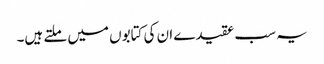
یہ سب عقیدے ان کی کتابوں میں ملتے ہیں۔